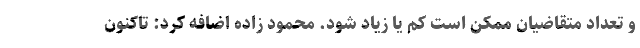
و تعداد متقاضیان ممکن است کم یا زیاد شود. محمود زاده اضافه کرد: تاکنون